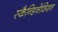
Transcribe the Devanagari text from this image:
स्कैन्डिनेवियन